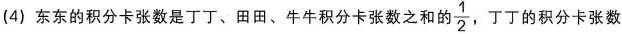
(4)东东的积分卡张数是丁丁、田田、牛牛积分卡张数之和的\frac{1}{2}，丁丁的积分卡张数